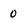
Character: 0